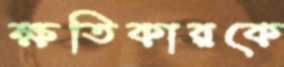
ক্ষতিকারকে